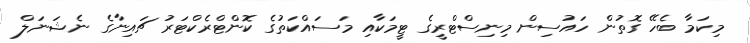
މިކަމާ ބެހޭ ގޮތުން ހައުސިން މިނިސްޓްރީގެ ޓީމަކާއި މަސައްކަތުގެ ކޮންޓްރެކްޓަރު ޗައިނާގެ ނެޝަނަލް